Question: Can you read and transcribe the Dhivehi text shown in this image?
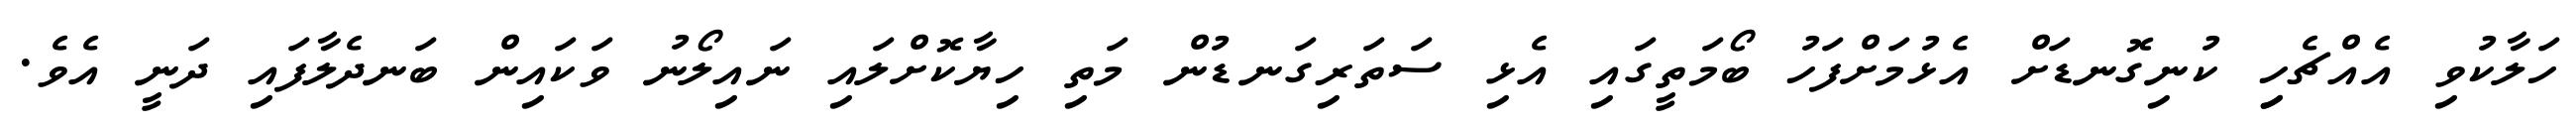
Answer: ހަލާކުވި އެއްޗެހިި ކުނިގޮނޑަށް އެޅުމަށްފަހު ބޯމަތީގައި އެޅި ސަތަރިގަނޑުން މަތި ހިޔާކޮށްލައި ނައިލޯނު ވަކައިން ބަނދެލާފައި ދަނީ އެވެ.